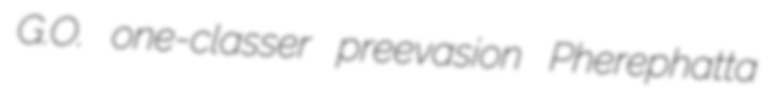
G.O. one-classer preevasion Pherephatta